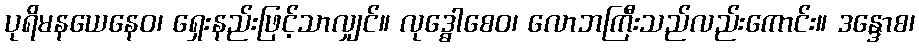
ပုရိမနယေနေဝ၊ ရှေးနည်းဖြင့်သာလျှင်။ လုဒ္ဓေါစေဝ၊ လောဘကြီးသည်လည်းကောင်း။ ဒန္ဒောစ၊